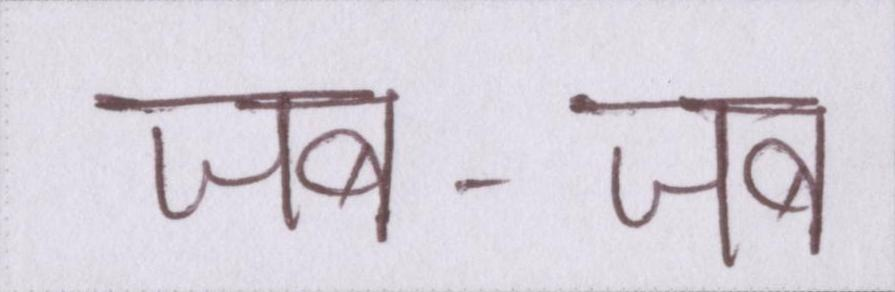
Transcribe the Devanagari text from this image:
जब-जब